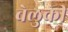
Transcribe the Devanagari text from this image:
बेलुकी